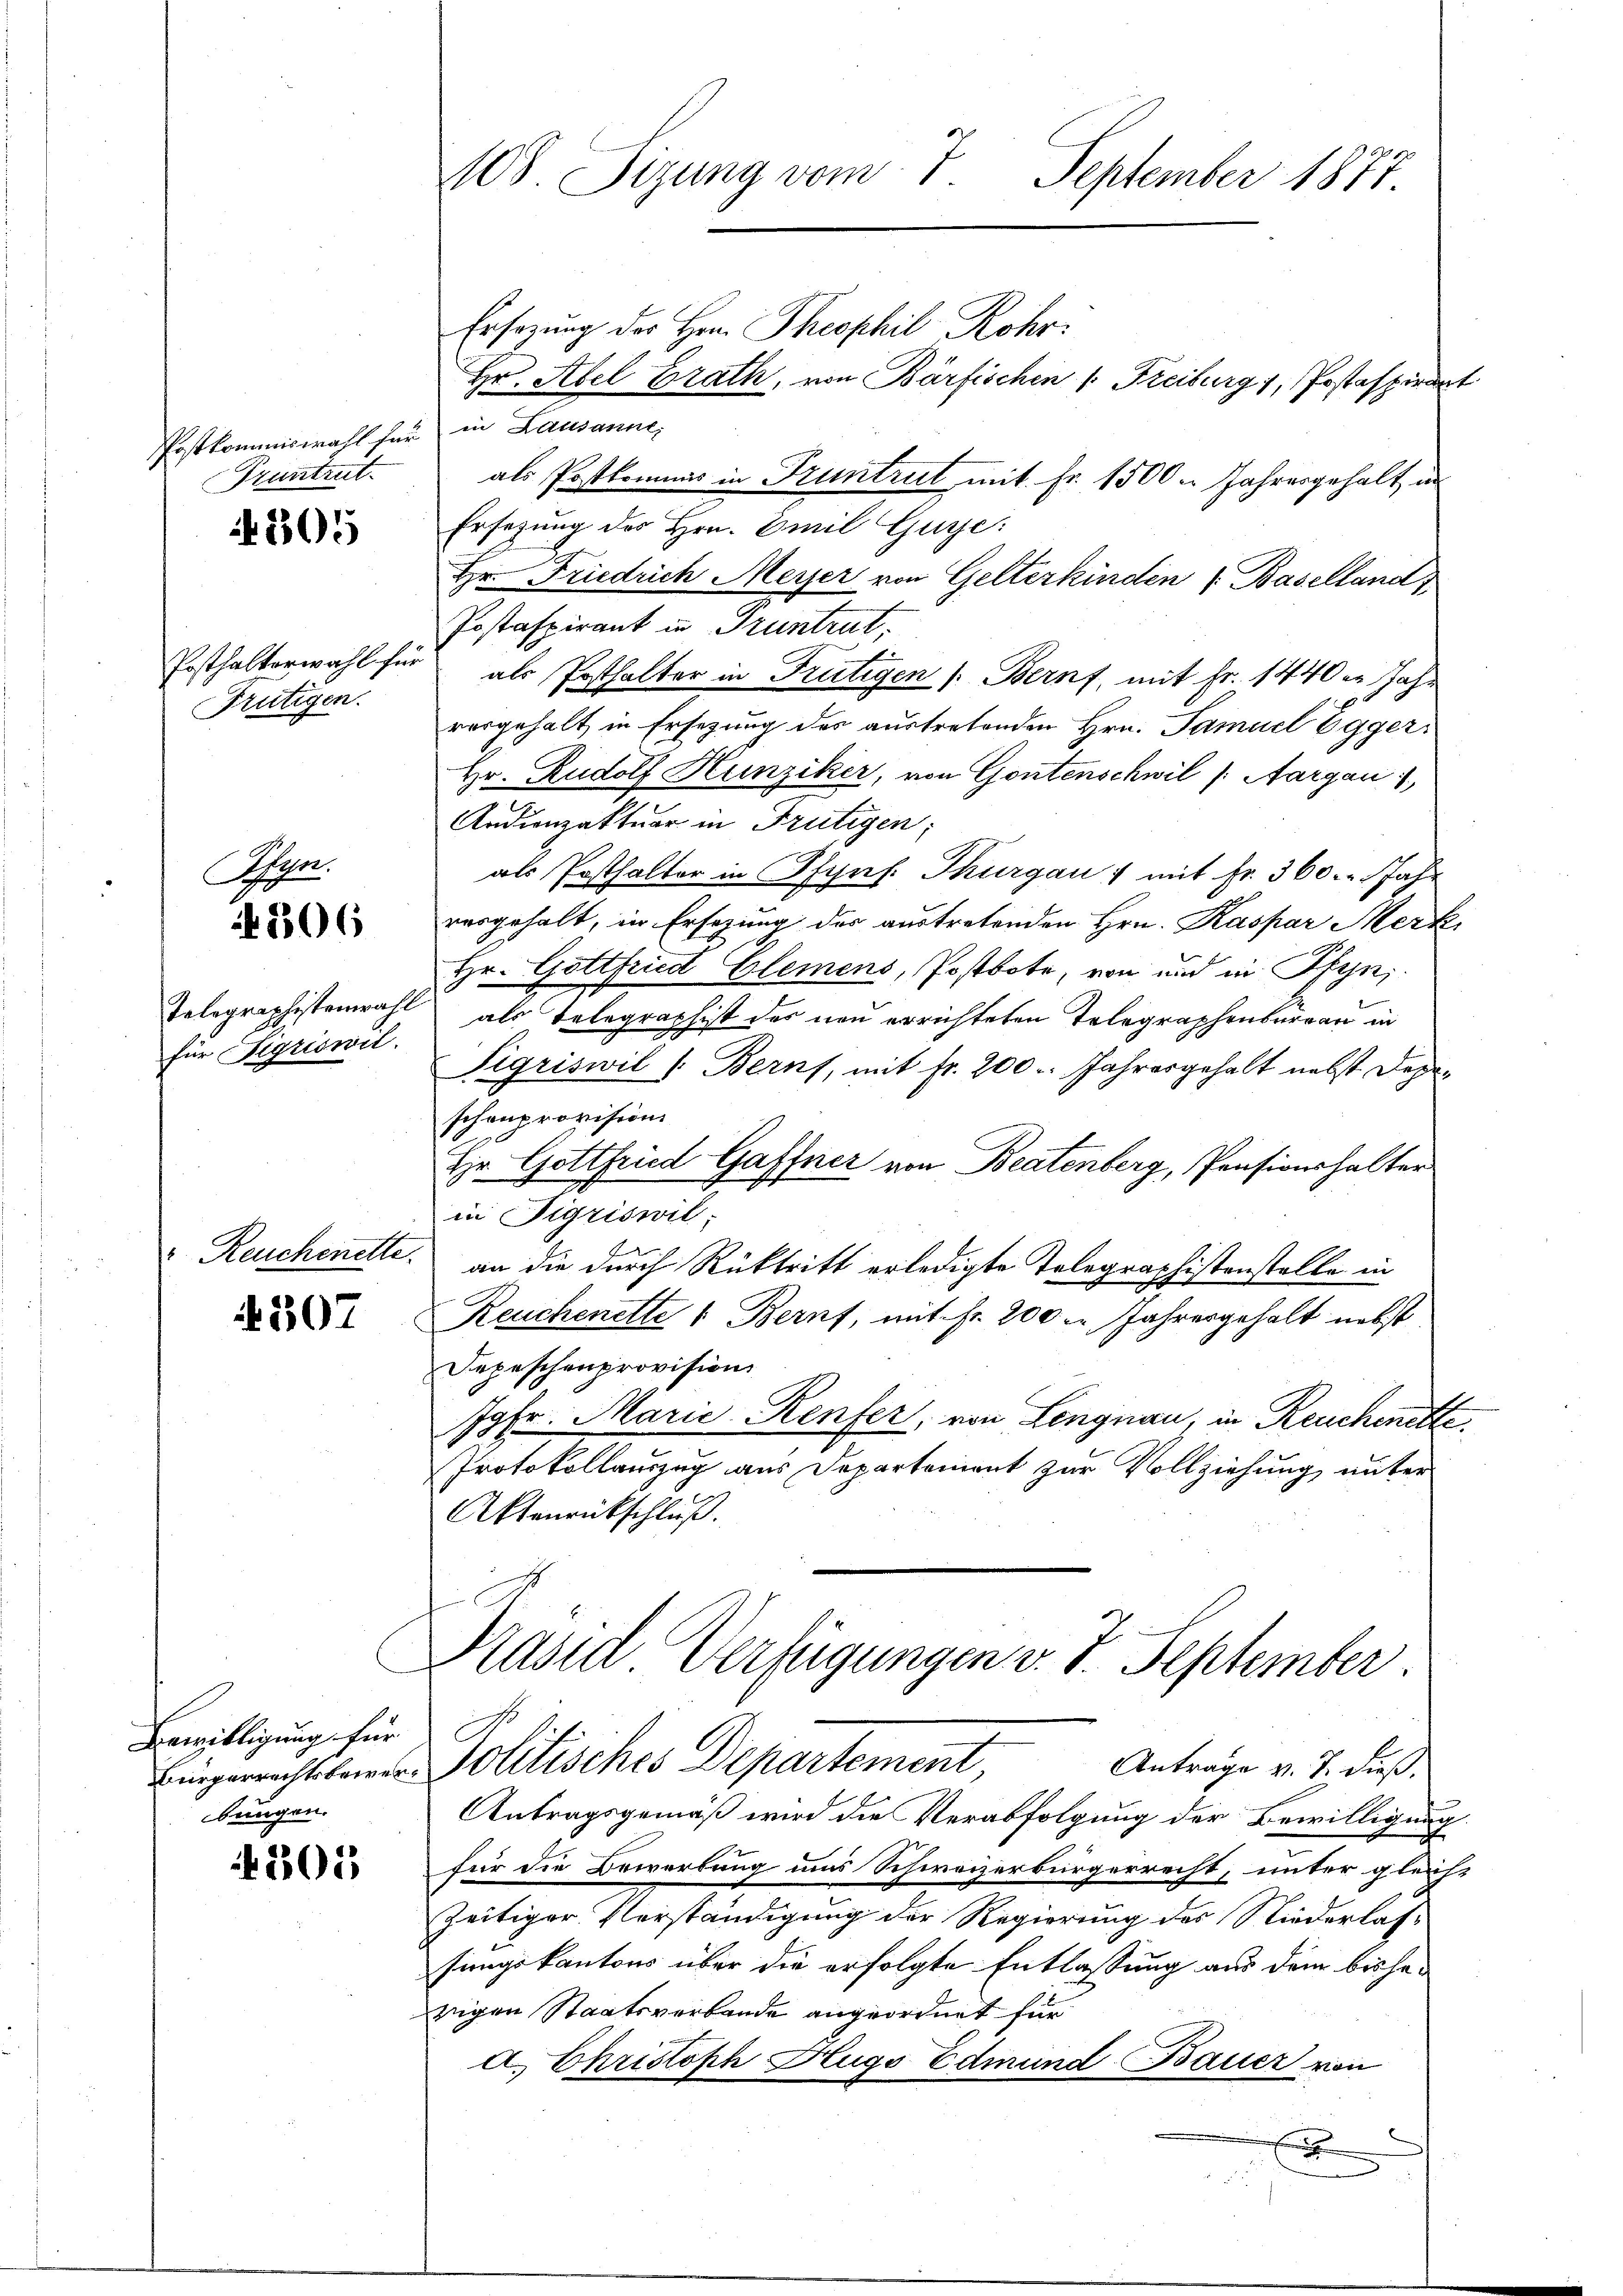
Postkommiswahl für
Pruntrut

205

Posthalterwahl für
Frütigen.

Jhre.

506

Telegraphistenwahl
für Sigriswil.

Reuchenette.

307

Bewilligung für
bungen.

4203

108 Sizung vom 7 September 1877.

Ersezung des Hrn. Theophil Rohr.
Hr. Abel Brath, von Bärfischen (Freiburg), Postaspirdert
in Lausanne,
als Postkommes in Truntrut mit Fr. 1500. Jahresgehalt in
Ersetzung des Hrn. Emil Gusse:
Hr. Friedrich Meyer von Gelterkinden " Baselland
Postaspirant in Pruntrut,
als Posthalter in Frutigen (Bern, mit Fr. 1440er Jahr
vorgehalt in Ersezung des austretenden Hrn. Samuel Egger¬
Hr. Rudolf Hunziker, von Gontenschwil (Aargau 1
Andionzaktuar in Frutigen;
als Posthalter in Pfynf. Thurgau & mit Fr. 360. Jahr
vergehalt, in Ersezung der austretenden Hrn. Kaspar Merk-
Hr. Gottfried Glemens, Postbote, von und in Pfen
als Telegraphist des neu errichteten Telegraphenbureau in
Sigriswil 1. Berns, mit fr. 200. Jahresgehalt nebst Depeschenprovision
Hr. Gottfried Gaffner von Beatenberg, Pensionshalter
in Figriswil,
an die durch Rücktritt erledigte Telegraphistenstelle in
Reuchenette 1. Beruf, mit Fr. 200. Jahresgehalt nebst
Depeschenprovision
Jgfr. Marie-Renfer, von Lengnau, in Reuchinetti
Protokollauszug aus Departement zur Vollziehung unter
Aktenrückschluß.

Präsid. Verfügungen v. J. September.
Antrage v. J. dieß.
Bürgerrechtsfeier Politisches Departement,

Antragsgemäß wird die Verabfolgung der Bewilligung
für die Bewerbung uns Schweizerbürgerrecht, unter gleich-
Zeitiger Vorständigung der Regierung des Niederlas-
sungskantons über die erfolgte Entlassung aus dem bishewigen Staatsverbande angeordnet für
a. Christoph Hugo Edmund Bauer von